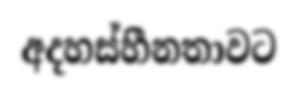
අදහස්හීනතාවට